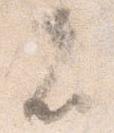
者